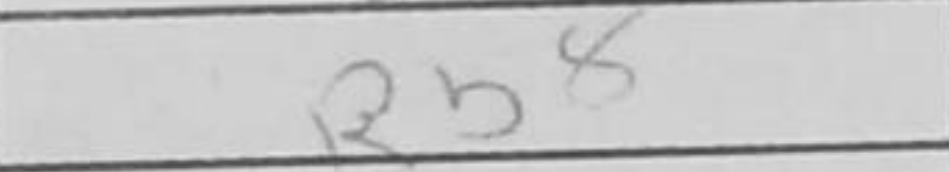
Transcription: Rb8